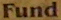
Fund